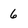
Character: 6